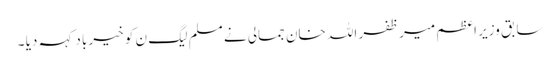
سابق وزیر اعظم میر ظفر اللہ خان جمالی نے مسلم لیگ ن کو خیر باد کہہ دیا ۔